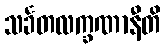
သင်္ခတလက္ခဏာနီတိ